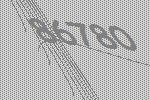
86780